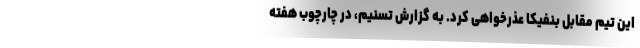
این تیم مقابل بنفیکا عذرخواهی کرد. به گزارش تسنیم،‌ در چارچوب هفته